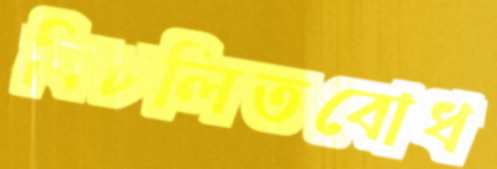
বিচলিতবোধ